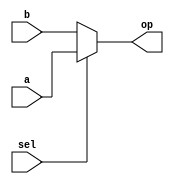
/*
ESTE EXEMPLO DESCREVE UM MULTIPLEXADOR 
COM DUAS PORTAS DE ENTRADA, SELETOR DE 
UM BIT (2^n POSSIBILIDADES) E UMA SADA
*/
module mux2x1
(
	input a, 
	input b, 
	input sel,
	
	output reg op
);

// PROCESSO QUE OBSERVA QUALQUER 
// MUDANA NOS SINAIS a or b or sel
always @(a or b or sel) // EXEMPLO COMPORTAMENTAL
begin
  if (sel == 1'b1)
    op = a;
  else
    op = b;
end

endmodule